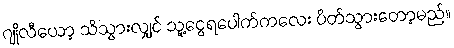
ဂျိုလီယော့ သိသွားလျှင် သူ့ငွေရပေါက်ကလေး ပိတ်သွားတော့မည်။